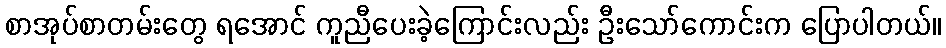
စာအုပ်စာတမ်းတွေ ရအောင် ကူညီပေးခဲ့ကြောင်းလည်း ဦးသော်ကောင်းက ပြောပါတယ်။